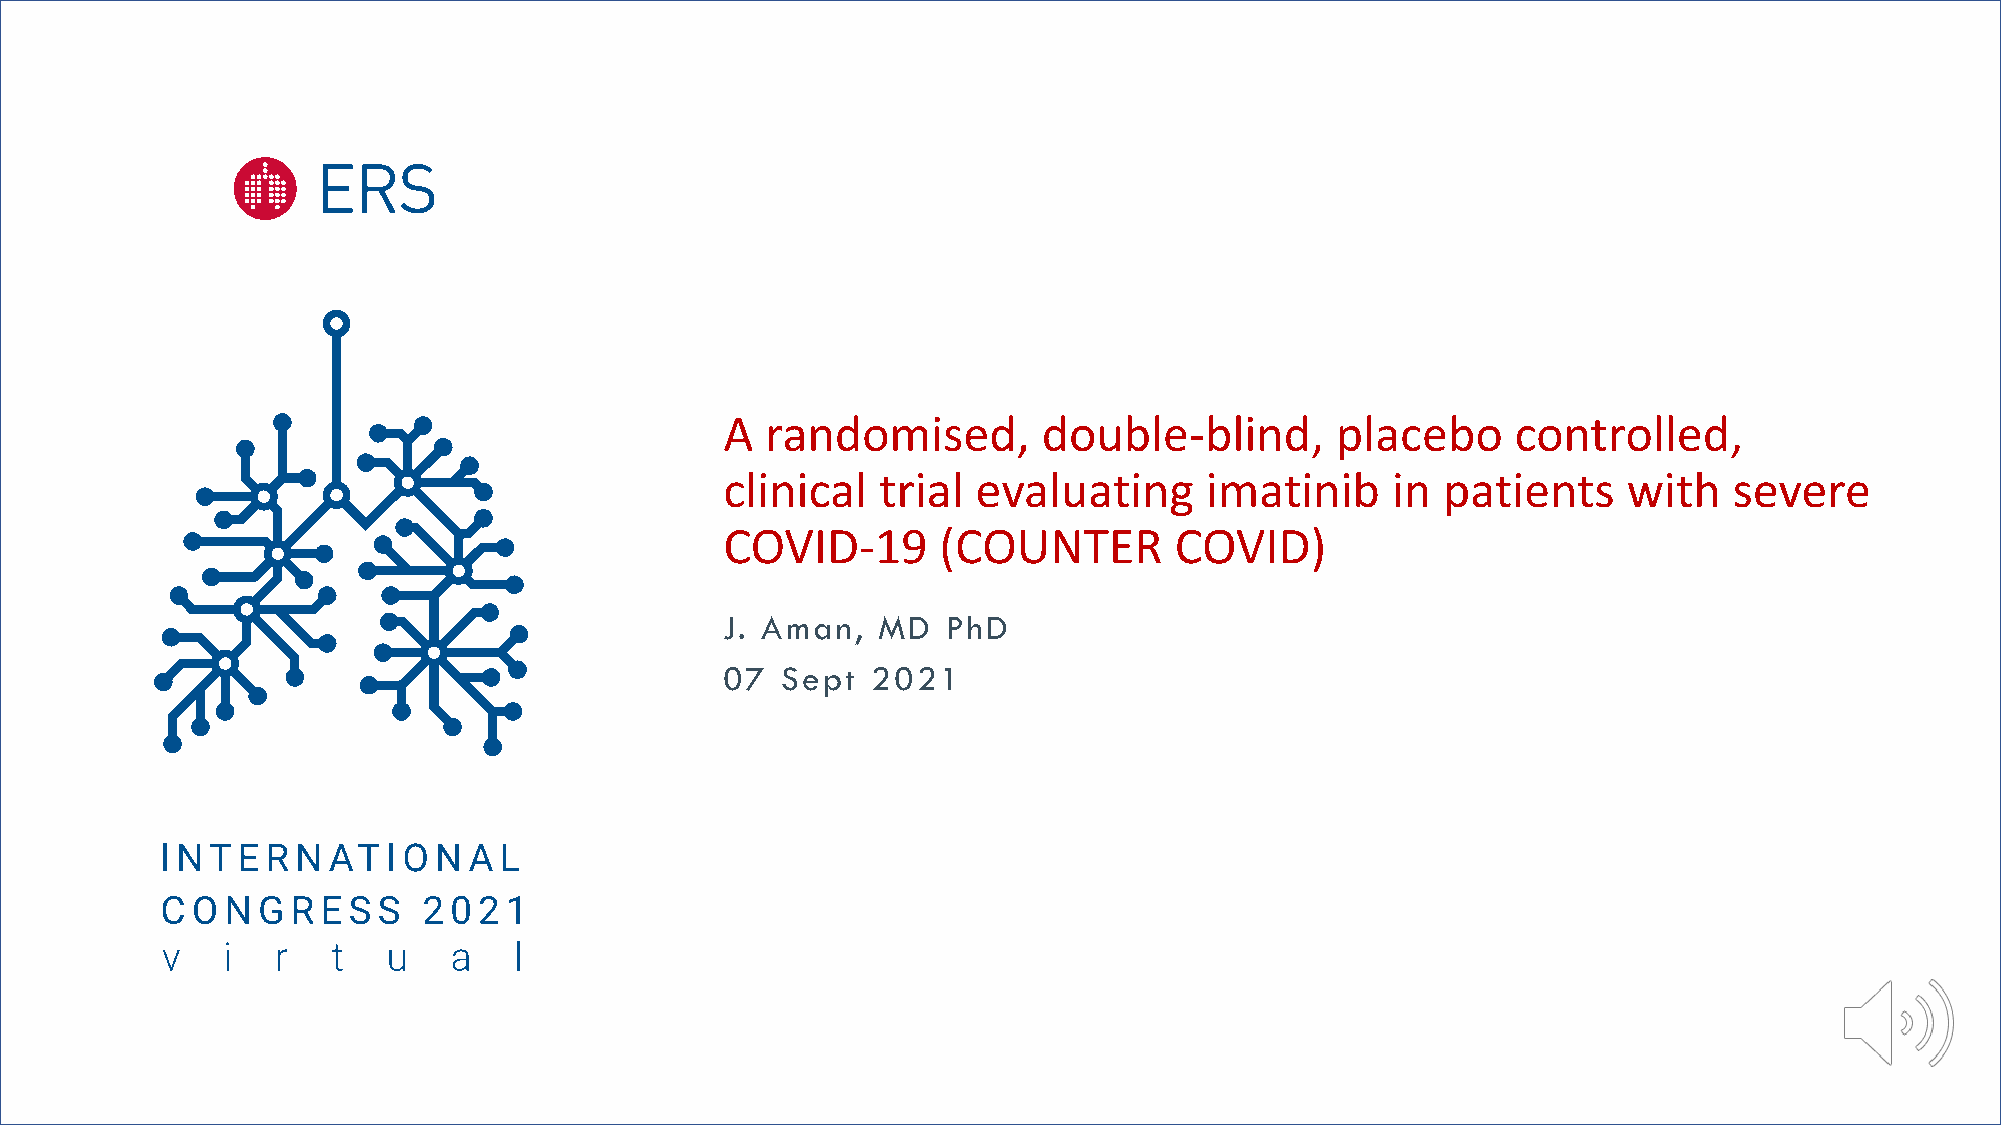
A  randomised,       double-blind,      placebo     controlled,
 clinical  trial  evaluating     imatinib    in patients     with   severe
 COVID-19      (COUNTER        COVID)
 J. Aman,  MD   PhD
 07  Sept  2021